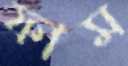
ফাম